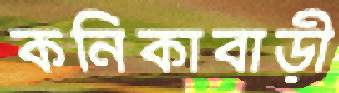
কনিকাবাড়ী